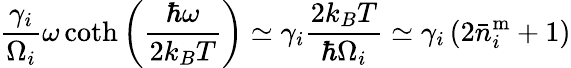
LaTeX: \frac{\gamma_{i}}{\Omega_{i}}\omega\coth\left(\frac{\hbar\omega}{2k_{B}T}\right)\simeq\gamma_{i}\frac{2k_{B}T}{\hbar\Omega_{i}}\simeq\gamma_{i}\left(2\bar{n}_{i}^{\mathrm{m}}+1\right)